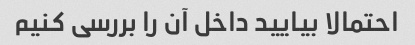
احتمالا بیایید داخل آن را بررسی کنیم